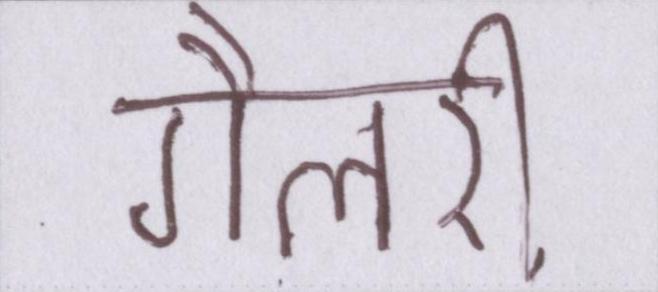
गैलरी